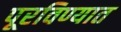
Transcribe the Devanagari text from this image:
पूरविण्यात